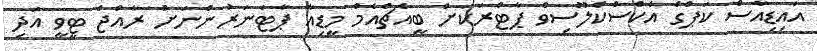
އައިޑިއާސް ކަޕްގެ އެކްސްކްލޫސިވް ޕާޓްރަކަށް ބީއެޗްއެމް މީޑިއާ ޕާޓަނަރުންނަށް ރާއްޖެ ޓީވީ އަދި